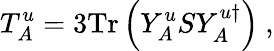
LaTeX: T_{A}^{u}=3\mathrm{Tr}\left(Y_{A}^{u}SY_{A}^{u\dagger}\right)\ ,